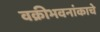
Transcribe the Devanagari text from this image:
वक्रीभवनांकाचे